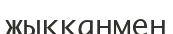
жыққанмен